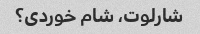
شارلوت، شام خوردی؟